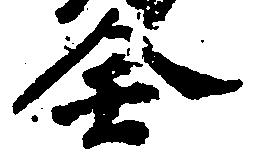
全